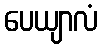
ပေယျာလံ